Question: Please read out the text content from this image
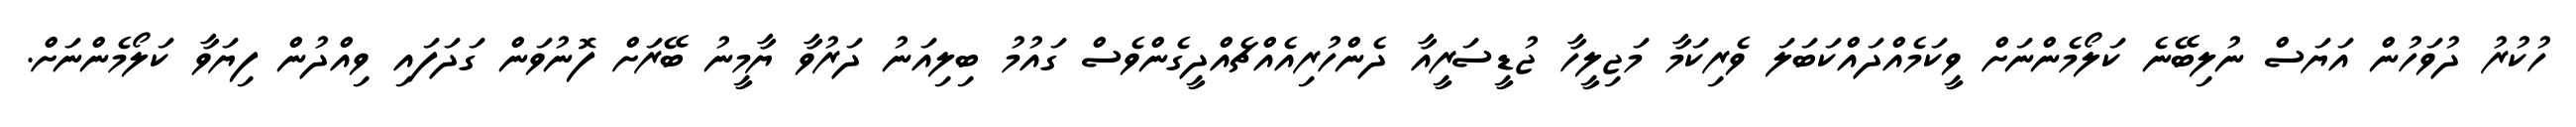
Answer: ހުކުރު ދުވަހުން އަޔަސް ނުލިބޭނެ ކަލޯމެންނަށް ވީކަމެއްދައްކަބަލަ ވެރިކަމާ މަޖިލީހާ ޖުޑީސަރީއާ ދެންހުރިއެއްޗެއްދީގެންވެސް ގައުމު ބިލިއަނު ދަރުވާ ޔާމީނު ބޭރަށް ފޮނުވަން ގަދަފައި ވިއްދުން ފިޔަވާ ކަލޯމެންނަށް.